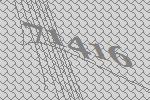
71416